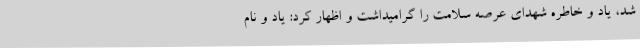
شد، یاد و خاطره شهدای عرصه سلامت را گرامیداشت و اظهار کرد: یاد و نام